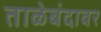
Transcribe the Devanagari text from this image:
ताळेबंदावर